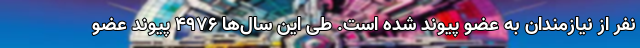
نفر از نیازمندان به عضو پیوند شده است. طی این سال‌ها ۴۹۷۶ پیوند عضو